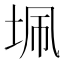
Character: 𭎖